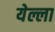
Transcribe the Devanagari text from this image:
येल्ला